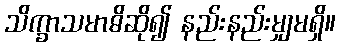
သိက္ခာသမာဓိဆို၍ နည်းနည်းမျှမရှိ။